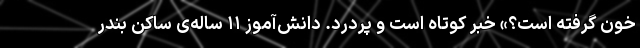
خون گرفته است؟» خبر کوتاه است و پردرد. دانش‌آموز ۱۱ ساله‌ی ساکن بندر